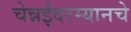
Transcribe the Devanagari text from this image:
चेन्नईदरम्यानचे